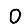
Digit: 0